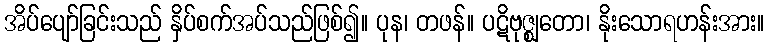
အိပ်ပျော်ခြင်းသည် နှိပ်စက်အပ်သည်ဖြစ်၍။ ပုန၊ တဖန်။ ပဋိဗုဇ္ဈတော၊ နိုးသောရဟန်းအား။